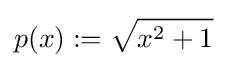
p(x):={\sqrt {x^{2}+1}}